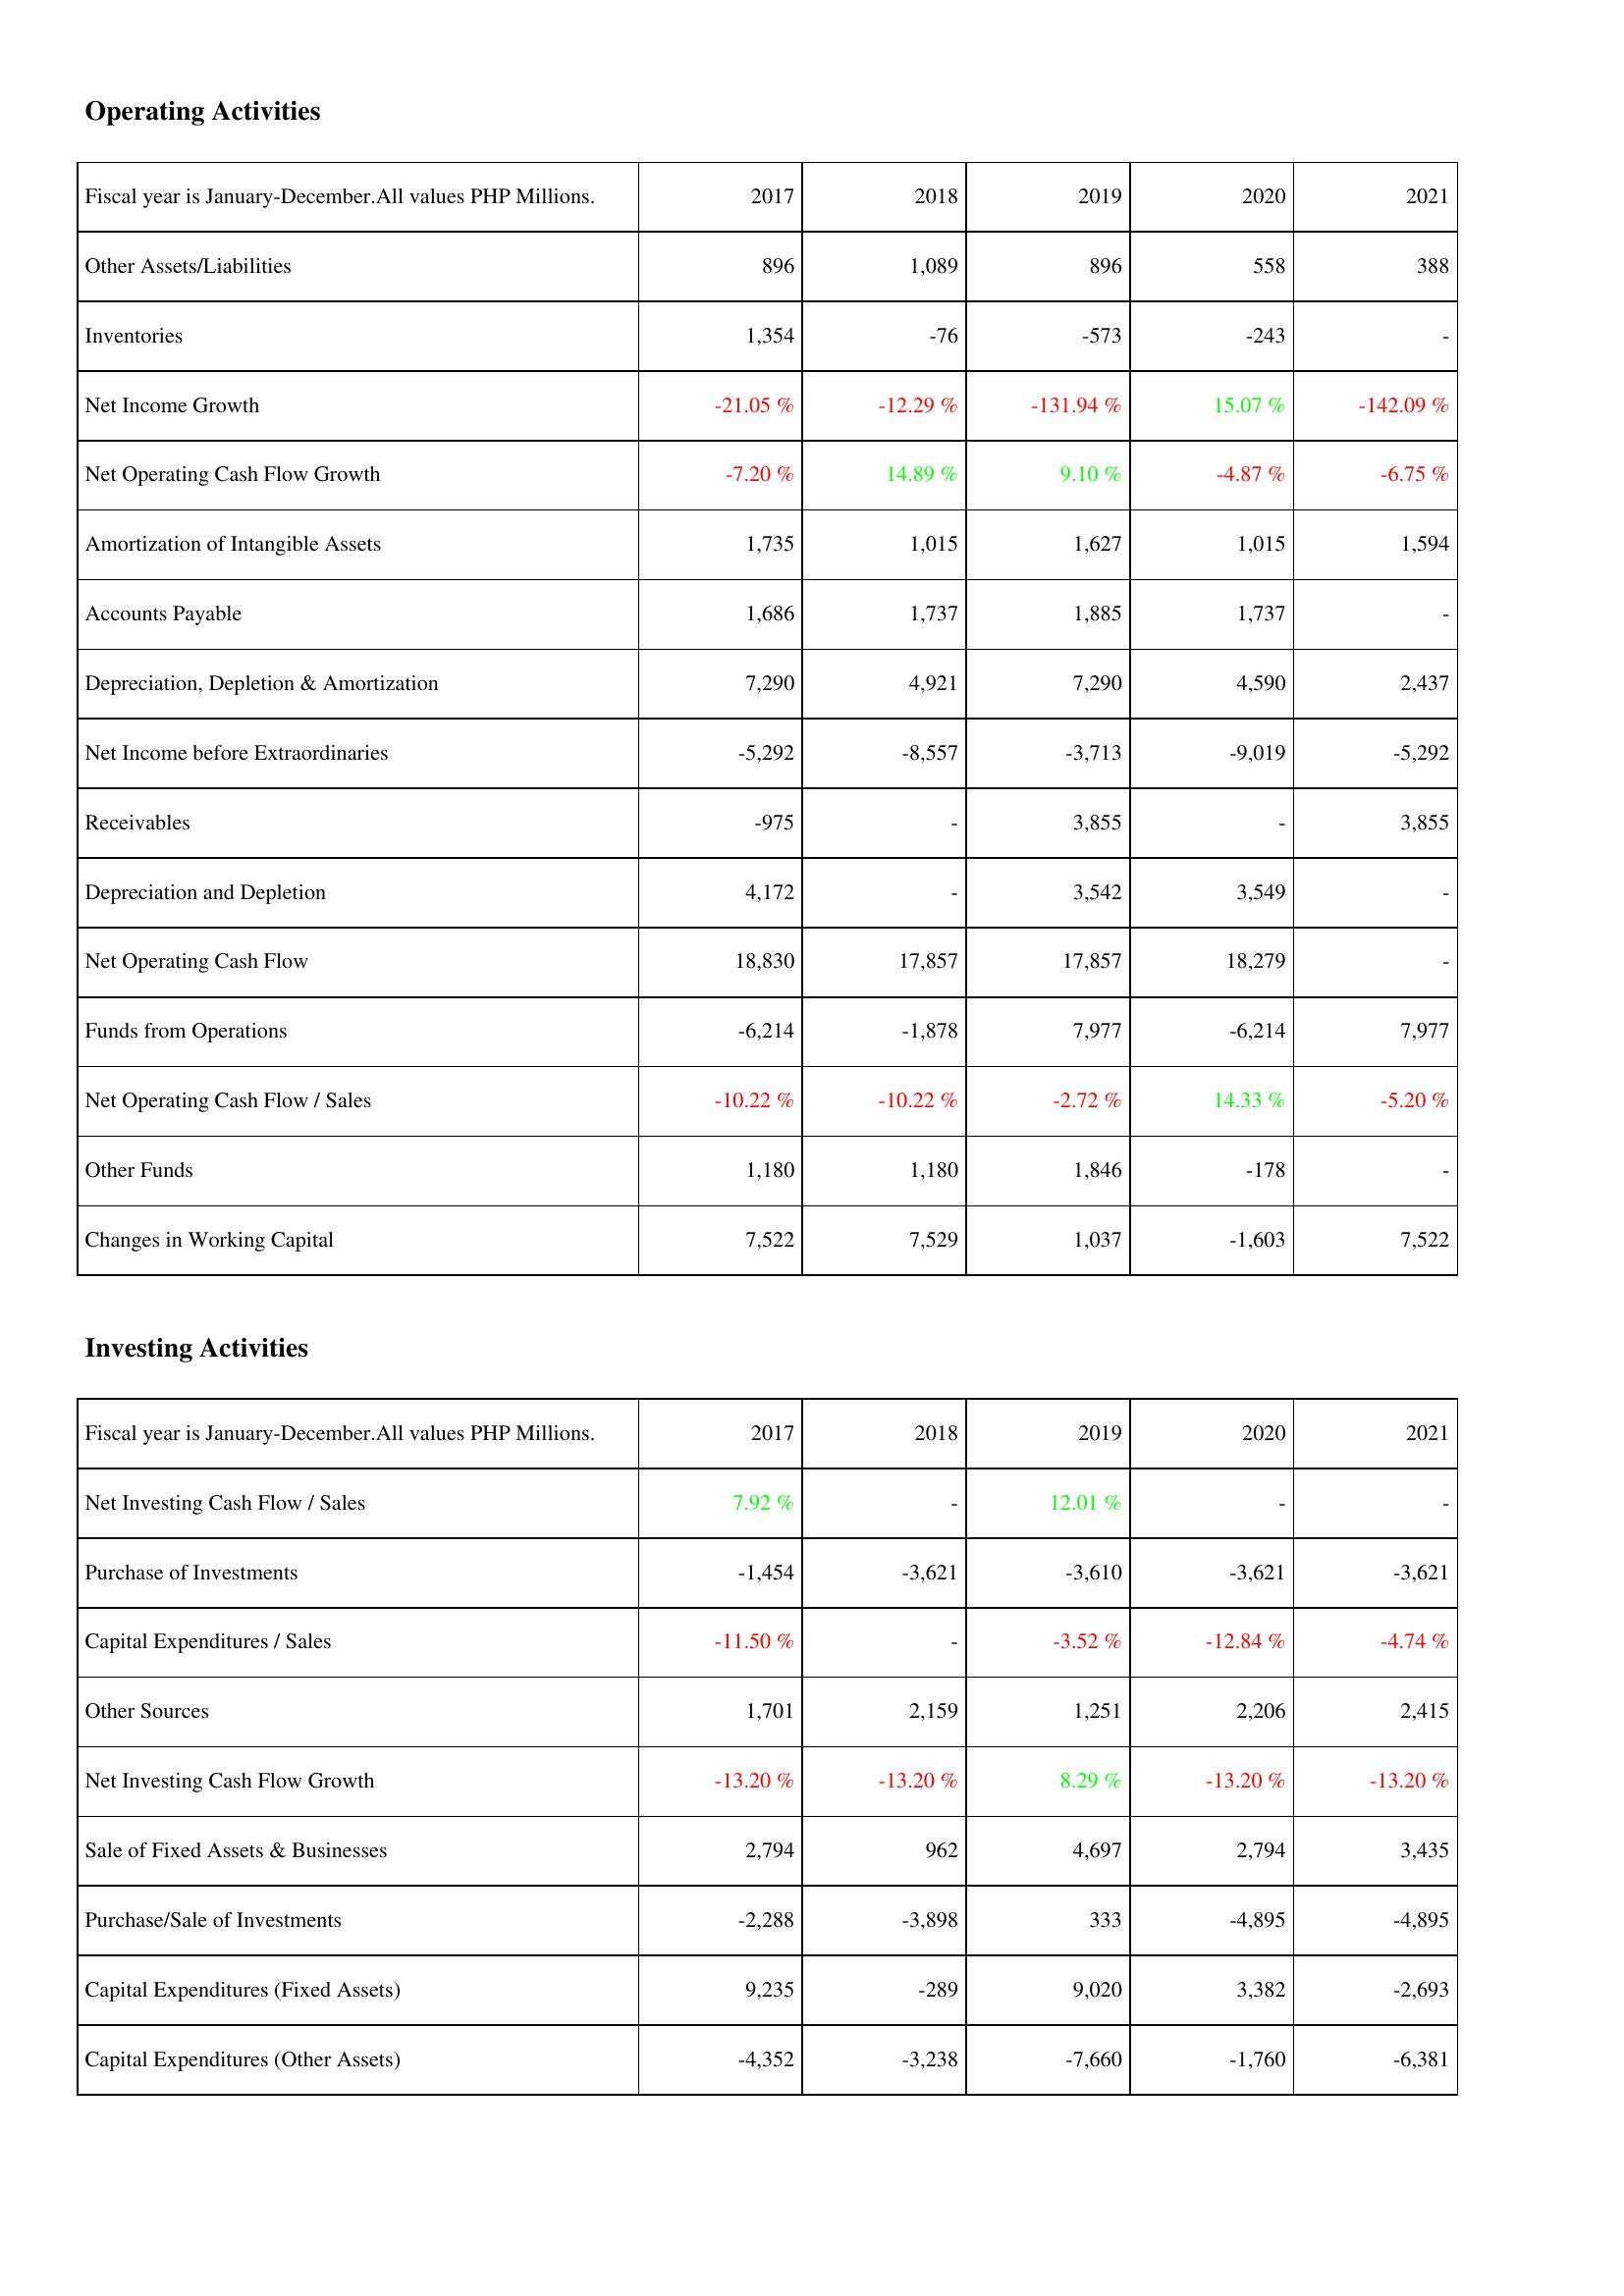
2017: Operating Activities: Other Assets/Liabilities: 896
Inventories: 1,354
Net Income Growth: -21.05 %
Net Operating Cash Flow Growth: -7.20 %
Amortization of Intangible Assets: 1,735
Accounts Payable: 1,686
Depreciation, Depletion & Amortization: 7,290
Net Income before Extraordinaries: -5,292
Receivables: -975
Depreciation and Depletion: 4,172
Net Operating Cash Flow: 18,830
Funds from Operations: -6,214
Net Operating Cash Flow / Sales: -10.22 %
Other Funds: 1,180
Changes in Working Capital: 7,522
Investing Activities: Net Investing Cash Flow / Sales: 7.92 %
Purchase of Investments: -1,454
Capital Expenditures / Sales: -11.50 %
Other Sources: 1,701
Net Investing Cash Flow Growth: -13.20 %
Sale of Fixed Assets & Businesses: 2,794
Purchase/Sale of Investments: -2,288
Capital Expenditures (Fixed Assets): 9,235
Capital Expenditures (Other Assets): -4,352
2018: Operating Activities: Other Assets/Liabilities: 1,089
Inventories: -76
Net Income Growth: -12.29 %
Net Operating Cash Flow Growth: 14.89 %
Amortization of Intangible Assets: 1,015
Accounts Payable: 1,737
Depreciation, Depletion & Amortization: 4,921
Net Income before Extraordinaries: -8,557
Receivables: -
Depreciation and Depletion: -
Net Operating Cash Flow: 17,857
Funds from Operations: -1,878
Net Operating Cash Flow / Sales: -10.22 %
Other Funds: 1,180
Changes in Working Capital: 7,529
Investing Activities: Net Investing Cash Flow / Sales: -
Purchase of Investments: -3,621
Capital Expenditures / Sales: -
Other Sources: 2,159
Net Investing Cash Flow Growth: -13.20 %
Sale of Fixed Assets & Businesses: 962
Purchase/Sale of Investments: -3,898
Capital Expenditures (Fixed Assets): -289
Capital Expenditures (Other Assets): -3,238
2019: Operating Activities: Other Assets/Liabilities: 896
Inventories: -573
Net Income Growth: -131.94 %
Net Operating Cash Flow Growth: 9.10 %
Amortization of Intangible Assets: 1,627
Accounts Payable: 1,885
Depreciation, Depletion & Amortization: 7,290
Net Income before Extraordinaries: -3,713
Receivables: 3,855
Depreciation and Depletion: 3,542
Net Operating Cash Flow: 17,857
Funds from Operations: 7,977
Net Operating Cash Flow / Sales: -2.72 %
Other Funds: 1,846
Changes in Working Capital: 1,037
Investing Activities: Net Investing Cash Flow / Sales: 12.01 %
Purchase of Investments: -3,610
Capital Expenditures / Sales: -3.52 %
Other Sources: 1,251
Net Investing Cash Flow Growth: 8.29 %
Sale of Fixed Assets & Businesses: 4,697
Purchase/Sale of Investments: 333
Capital Expenditures (Fixed Assets): 9,020
Capital Expenditures (Other Assets): -7,660
2020: Operating Activities: Other Assets/Liabilities: 558
Inventories: -243
Net Income Growth: 15.07 %
Net Operating Cash Flow Growth: -4.87 %
Amortization of Intangible Assets: 1,015
Accounts Payable: 1,737
Depreciation, Depletion & Amortization: 4,590
Net Income before Extraordinaries: -9,019
Receivables: -
Depreciation and Depletion: 3,549
Net Operating Cash Flow: 18,279
Funds from Operations: -6,214
Net Operating Cash Flow / Sales: 14.33 %
Other Funds: -178
Changes in Working Capital: -1,603
Investing Activities: Net Investing Cash Flow / Sales: -
Purchase of Investments: -3,621
Capital Expenditures / Sales: -12.84 %
Other Sources: 2,206
Net Investing Cash Flow Growth: -13.20 %
Sale of Fixed Assets & Businesses: 2,794
Purchase/Sale of Investments: -4,895
Capital Expenditures (Fixed Assets): 3,382
Capital Expenditures (Other Assets): -1,760
2021: Operating Activities: Other Assets/Liabilities: 388
Inventories: -
Net Income Growth: -142.09 %
Net Operating Cash Flow Growth: -6.75 %
Amortization of Intangible Assets: 1,594
Accounts Payable: -
Depreciation, Depletion & Amortization: 2,437
Net Income before Extraordinaries: -5,292
Receivables: 3,855
Depreciation and Depletion: -
Net Operating Cash Flow: -
Funds from Operations: 7,977
Net Operating Cash Flow / Sales: -5.20 %
Other Funds: -
Changes in Working Capital: 7,522
Investing Activities: Net Investing Cash Flow / Sales: -
Purchase of Investments: -3,621
Capital Expenditures / Sales: -4.74 %
Other Sources: 2,415
Net Investing Cash Flow Growth: -13.20 %
Sale of Fixed Assets & Businesses: 3,435
Purchase/Sale of Investments: -4,895
Capital Expenditures (Fixed Assets): -2,693
Capital Expenditures (Other Assets): -6,381